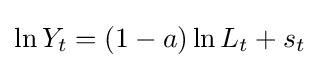
\ln {Y_{t}}=(1-a)\ln {L_{t}}+s_{t}\;